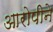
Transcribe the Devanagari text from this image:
आरोपीने